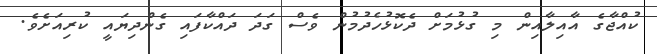
ކުއްޖާގެ އާއިލާއިން މި ގުޅުމަށް ދެކޮޅުހެދުމުން ވެސް ގަދަ ދައްކާފައި ގެންދިޔައީ ކުރިއަށެވެ.